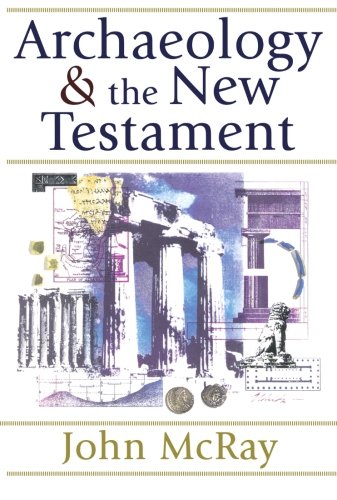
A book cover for Archaeology and the New Testament; John McRay; Christian Books & Bibles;